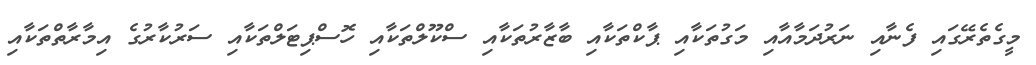
މީގެތެރޭގައި ފެނާއި ނަރުދަމާއާއި މަގުތަކާއި ޕާކްތަކާއި ބާޒާރުތަކާއި ސްކޫލްތަކާއި ހޮސްޕިޓަލްތަކާއި ސަރުކާރުގެ އިމާރާތްތަކާއި